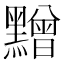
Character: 𪒟